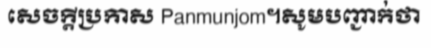
សេចក្តីប្រកាស Panmunjom។សូមបញ្ជាក់ថា